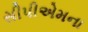
સીપીએમના